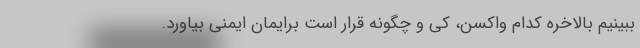
ببینیم بالاخره کدام واکسن، کی و چگونه قرار است برایمان ایمنی بیاورد.